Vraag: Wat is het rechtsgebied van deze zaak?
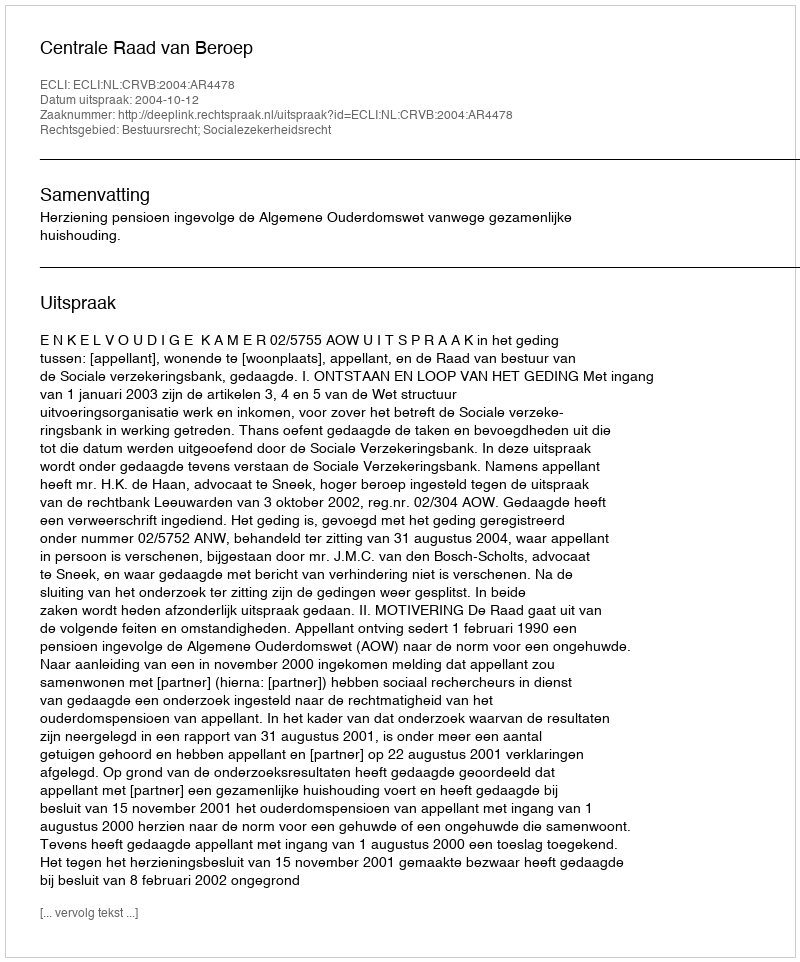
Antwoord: Bestuursrecht; Socialezekerheidsrecht